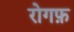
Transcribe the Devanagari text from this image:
रोगफ़